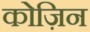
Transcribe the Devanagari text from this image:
कोज़िन